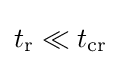
t_{\text{r}}\ll t_{\text{cr}}